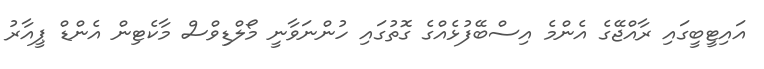
އައިޓީބީގައި ރާއްޖޭގެ އެންމެ އިސްބޭފުޅެއްގެ ގޮތުގައި ހުންނަވާނީ މޯލްޑިވްސް މާކެޓިން އެންޑް ޕީއާރު